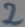
Text: 2